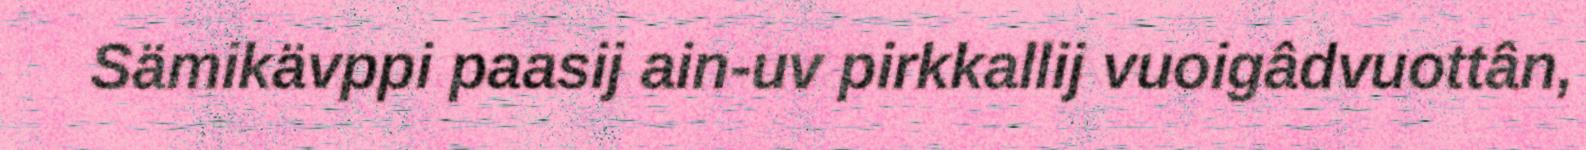
Sämikävppi paasij ain-uv pirkkallij vuoigâdvuottân,